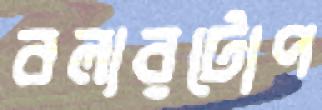
বলারটোপ